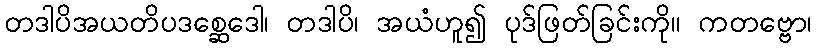
တဒါပိအယတိပဒစ္ဆေဒေါ၊ တဒါပိ၊ အယံဟူ၍ ပုဒ်ဖြတ်ခြင်းကို။ ကတဗ္ဗော၊